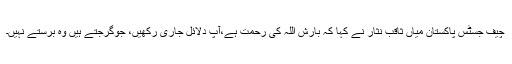
چیف جسٹس پاکستان میاں ثاقب نثار نے کہا کہ بارش اللہ کی رحمت ہے،آپ دلائل جاری رکھیں، جوگرجتے ہیں وہ برستے نہیں۔